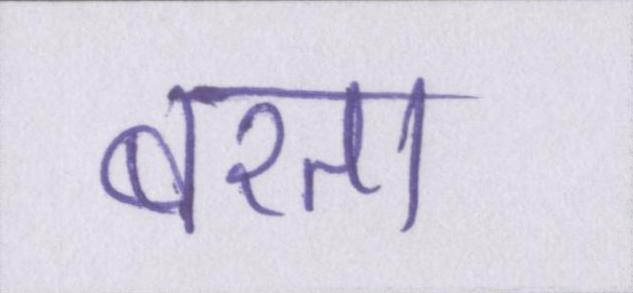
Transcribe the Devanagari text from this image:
बरता